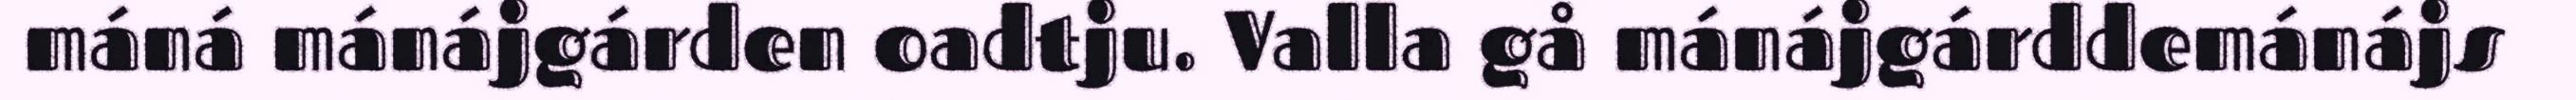
máná mánájgárden oadtju. Valla gå mánájgárddemánájs